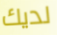
لديك